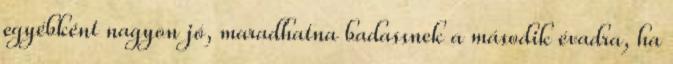
egyébként nagyon jó, maradhatna badassnek a második évadra, ha